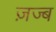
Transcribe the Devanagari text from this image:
ज़ज्ब